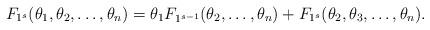
LaTeX: \begin{align*}F_{1^s}(\theta_1,\theta_2 ,\ldots,\theta_n)= \theta_1 F_{1^{s-1}}(\theta_2 ,\ldots,\theta_n) + F_{1^s}(\theta_2,\theta_3 ,\ldots,\theta_n).\end{align*}